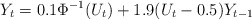
\begin{align*} Y_t = 0.1 \Phi^{-1}(U_t) +1.9(U_t-0.5) Y_{t-1}\end{align*}